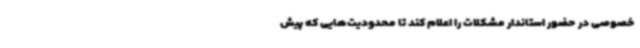
خصوصی در حضور استاندار مشکلات را اعلام کند تا محدودیت‌هایی که پیش